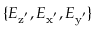
\{ E _ { \mathrm { z ^ { ' } } } , E _ { \mathrm { x ^ { ' } } } , E _ { \mathrm { y ^ { ' } } } \}